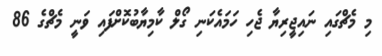
މި މެޗްގައި ނައިޖީރިޔާ ޖެހި ހަމައެކަނި ގޯލް ކާމިޔާބުކޮށްފައި ވަނީ މެޗްގެ 86